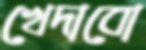
খেদাবো